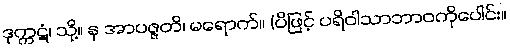
ဒုက္ကဋံ၊ သို့။ န အာပဇ္ဇတိ၊ မရောက်။ (ပိဖြင့် ပရိဝါသာဘာဝကိုပေါင်း။